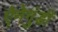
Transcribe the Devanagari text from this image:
ऐनेगुंडी